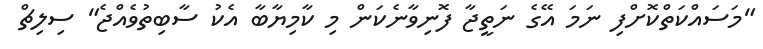
"މަސައްކަތްކޮށްފި ނަމަ އޭގެ ނަތީޖާ ފޮނިވާނެކަން މި ކާމިޔާބާ އެކު ސާބިތުވެއްޖެ" ސިލިޗް